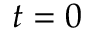
t = 0